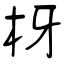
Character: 枒